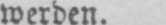
werden.